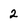
Character: 2